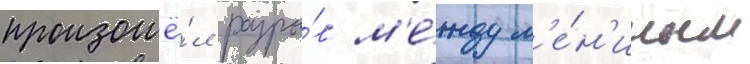
произошё́л разры́в м'е́жду л'е́н'иным